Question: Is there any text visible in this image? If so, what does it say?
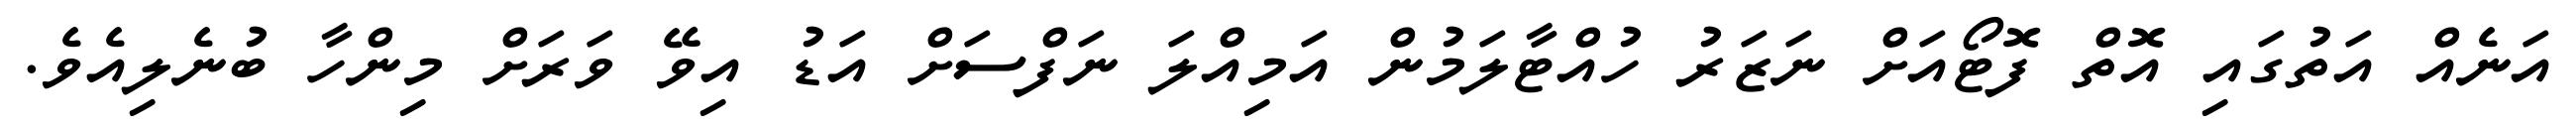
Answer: އަނެއް އަތުގައި އޮތް ފޮޓޯއަށް ނަޒަރު ހުއްޓާލަމުން އަމިއްލަ ނަފްސަށް އަޑު އިވޭ ވަރަށް މިންހާ ބުނެލިއެވެ.